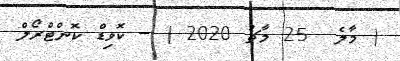
( މާލެ  25 މާޗު 2020 ) -- ކޮވިޑް ކޮންޓްރޯލް